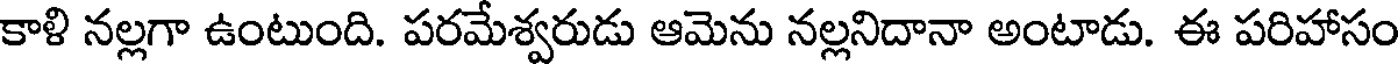
కాళి నల్లగా ఉంటుంది. పరమేశ్వరుడు ఆమెను నల్లనిదానా అంటాడు. ఈ పరిహాసం